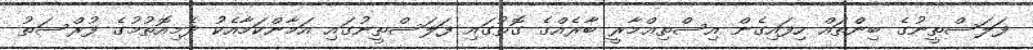
ފަލަސްތީނުގެ ބިންތައް ހިފައިގެން އިސްތިޢްމާރީ ބާރެއްގެ ގޮތުގައި ފަލަސްތީނުގައި އަމާންކަމާއެކު ދެމިއޮތުމުގެ ފުރްސަތު